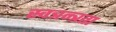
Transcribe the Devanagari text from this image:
स्वत्रन्त्रता